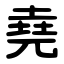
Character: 堯